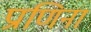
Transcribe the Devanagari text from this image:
प्राणिनां